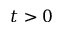
t > 0